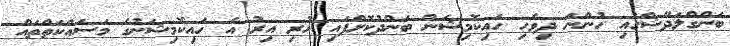
ބަންގްލަދޭޝްގައި ހުންނަ ދިވެހި ހައިކޮމިޝަން ބަންދުކޮށްފައި ހުރި އިރު އެ ހައިކޮމިޝަނުގެ މަސައްކަތްތައް